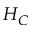
H _ { C }